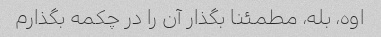
اوه، بله، مطمئنا بگذار آن را در چکمه بگذارم